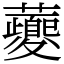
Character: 虁